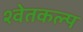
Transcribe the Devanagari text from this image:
श्वेतकल्प